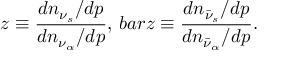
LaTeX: z \equiv { \frac { d n _ { \nu _ { s } } / d p } { d n _ { \nu _ { \alpha } } / d p } } , \, b a r z \equiv { \frac { d n _ { \bar { \nu } _ { s } } / d p } { d n _ { \bar { \nu } _ { \alpha } } / d p } } .